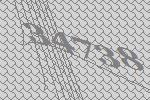
34738